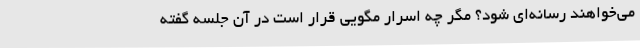
می‌خواهند رسانه‌ای شود؟ مگر چه اسرار مگویی قرار است در آن جلسه گفته